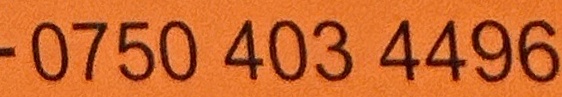
0750 403 4496